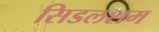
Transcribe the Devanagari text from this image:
सिडलशम